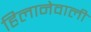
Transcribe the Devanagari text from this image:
हिलानेवाली